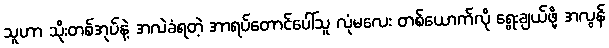
သူဟာ သိုးတစ်အုပ်နဲ့ အလဲခံရတဲ့ အာရပ်တောင်ပေါ်သူ လုံမလေး တစ်ယောက်လို ရွေးချယ်ဖို့ အလွန်